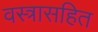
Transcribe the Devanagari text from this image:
वस्त्रासहित